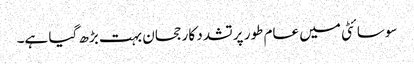
سوسائٹی میں عام طور پر تشدد کا رجحان بہت بڑھ گیا ہے۔